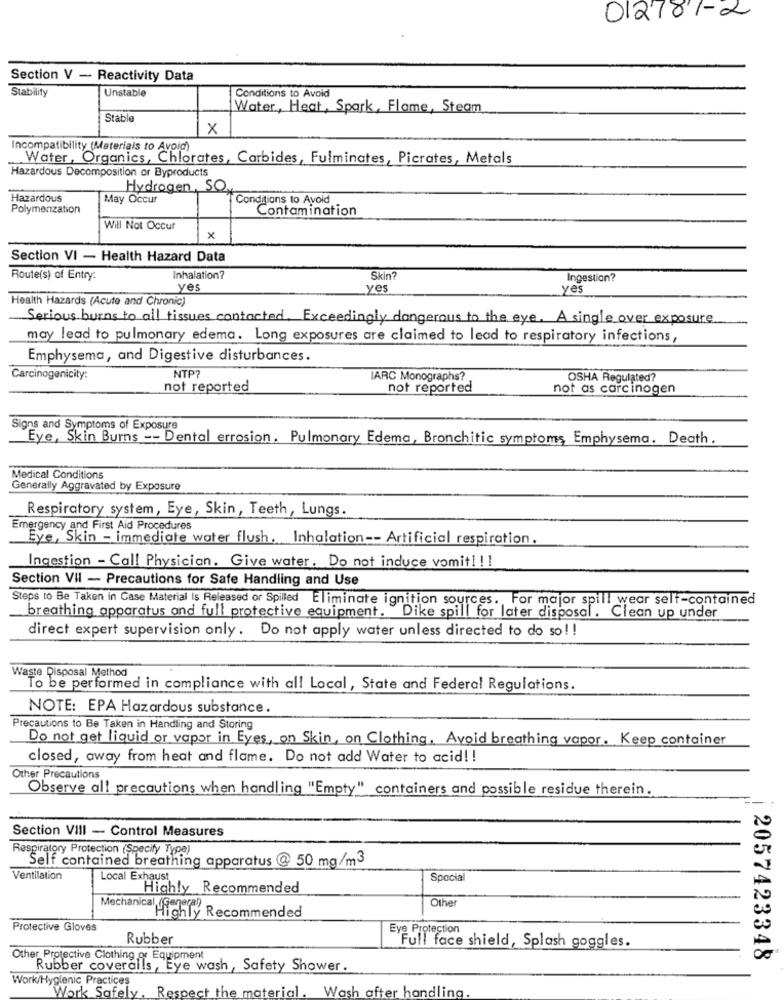
012781-2
Section V - Reactivity Data
Stability
Unstable
Conditions to Avoid
Water, Heat, Spark, Flame, Steam
Stable
x
Incompatibility (Materials to Avoid)
Water, Organics, Chlorates, Carbides, Fulminates, Picrates, Metals
Hazardous Decomposition or Byproducts
Hydrogen, SO
Hazardous
May Occur
Conditions to Avoid
Polymerization
Contamination
Will Not Occur
x
Section VI - Health Hazard Data
Route(s) of Entry.
Inhalation?
Skin
Ingestion?
yes
yes
yes
Health Hazards (Acute and Chronic)
Serious burns to all tissues contacted. Exceedingly dangerous to the eye. A single over exposure
may lead to pulmonary edema. Long exposures are claimed to lead to respiratory infections,
Emphysema, and Digestive disturbances.
NTP?
Carcinogenicity:
IARC Monographs?
OSHA Regulated?
not reported
not reported
not as carcinogen
Signs and Symptoms of Exposure
Eye, Skin Burns -- Dental errosion. Pulmonary Edema, Bronchitic symptoms, Emphysema. Death.
Medical Conditions
Generally Aggravated by Exposure
Respiratory system, Eye, Skin, Teeth, Lungs.
Emergency and First Aid Procedures
Eye, Skin - immediate water flush. Inhalation -- Artificial respiration.
Ingestion - Call Physician. Give water. Do not induce vomit! ! !
Section VII - Precautions for Safe Handling and Use
Steps to Be Taken in Case Material Is Released or Spilled Eliminate ignition sources. For major spill wear self-contained
breathing apparatus and full protective equipment. Dike spill for later disposal. Clean up under
direct expert supervision only. Do not apply water unless directed to do so! !
Waste Disposal Method
To be performed in compliance with all Local, State and Federal Regulations.
NOTE: EPA Hazardous substance.
Precautions to Be Taken in Handling and Storing
Do not get liquid or vapor in Eyes, on Skin, on Clothing. Avoid breathing vapor. Keep container
closed, away from heat and flame. Do not add Water to acid! !
Other Precautions
Observe al! precautions when handling "Empty" containers and possible residue therein.
Section VIII - Control Measures
Respiratory Protection (Specify Type)
Self contained breathing apparatus @ 50 mg/m3
Ventilation
Local Exhaust
Special
Highly Recommended
Othe
Mechanical generan
Highly Recommended
Protective Gloves
Rubber
Full face shield, Splash goggles.
Other Protective Clothing or Equipment
2057423348
Rubber coveralls, Eye wash, Safety Shower .
Work/Hygienic Practices
Work Safely .
Respect the material. Wash after handling